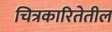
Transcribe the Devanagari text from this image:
चित्रकारितेतील